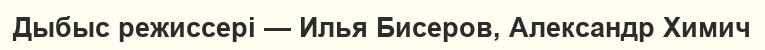
Дыбыс режиссері — Илья Бисеров, Александр Химич